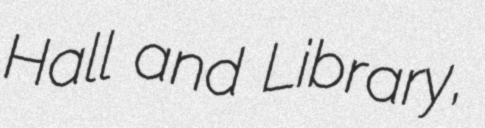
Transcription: Hall and Library,